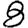
Digit: 8